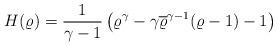
LaTeX: \begin{align*}H(\varrho) = \frac{1}{\gamma - 1} \left( \varrho^{\gamma} - \gamma \overline{\varrho}^{\gamma - 1}(\varrho - 1) - 1\right)\end{align*}